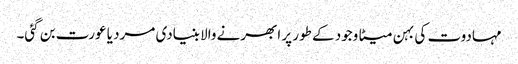
مہادوت کی بہن میٹا وجود کے طور پر ابھرنے والا بنیادی مرد یا عورت بن گئی۔